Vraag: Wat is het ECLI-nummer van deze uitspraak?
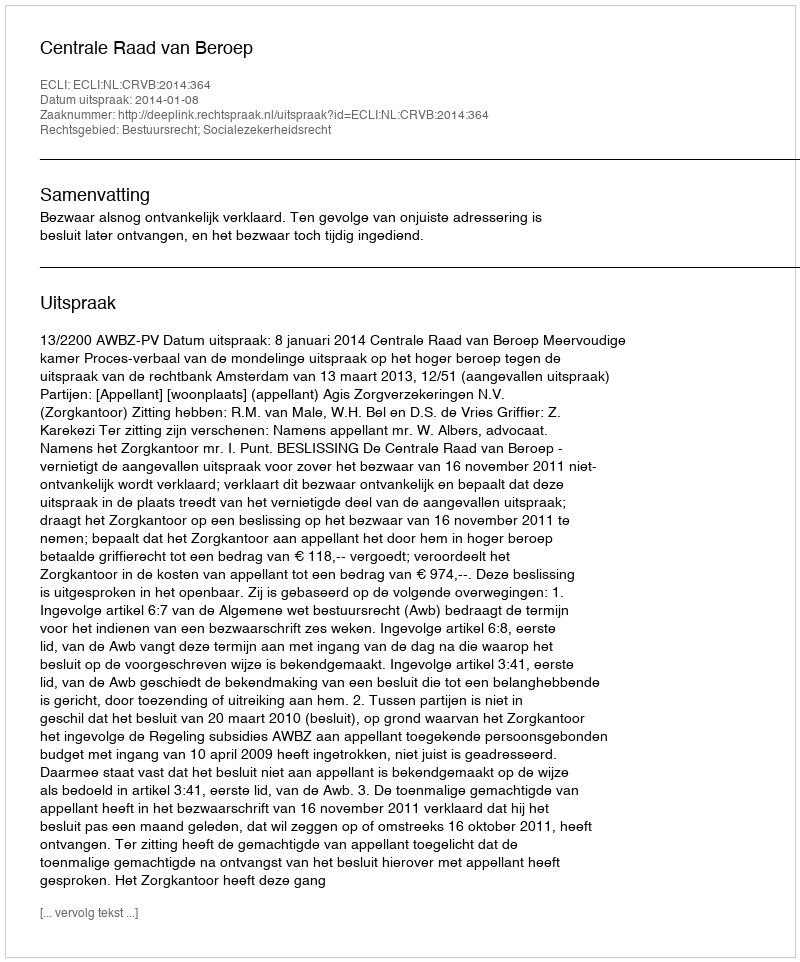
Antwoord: ECLI:NL:CRVB:2014:364